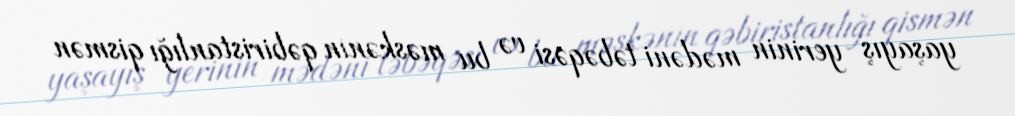
yaşayış yerinin mədəni təbəqəsi və bu məskənin qəbiristanlığı qismən